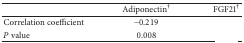
<table><thead><tr><td>[EMPTY_CELL]</td><td><b>Adiponectin<sup>†</sup></b></td><td><b>FGF21<sup>†</sup></b></td></tr></thead><tbody><tr><td>Correlation coefficient</td><td>−0.219</td><td>[EMPTY_CELL]</td></tr><tr><td><i>P</i> value</td><td>0.008</td><td>[EMPTY_CELL]</td></tr></tbody></table>